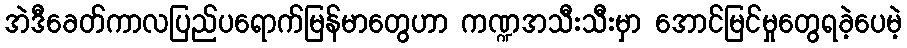
အဲဒီခေတ်ကာလပြည်ပရောက်မြန်မာတွေဟာ ကဏ္ဍအသီးသီးမှာ အောင်မြင်မှုတွေရခဲ့ပေမဲ့